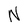
Character: N